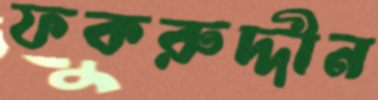
ফকরুদ্দীন